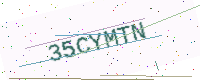
Text: 35CYMTN